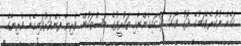
ކަމެއް ނުކުރެވޭކަމުގެ ދޮގު ވާހަކަ ދައްކައިގެންނާއި ތައުރީފުގެ ބަސްތަކުން ވެރިޔާ ފެންވަރުވައިގެން ވެރިޔާގެ